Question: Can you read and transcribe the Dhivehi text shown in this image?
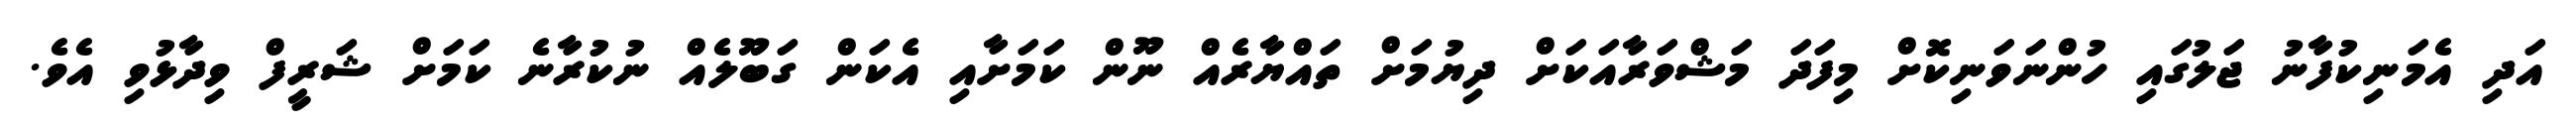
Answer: އަދި އެމަނިކުފާނު ޖަލުގައި ހުންނަވަނިކޮށް މިފަދަ މަޝްވަރާއަކަށް ދިޔުމަށް ތައްޔާރެއް ނޫން ކަމަށާއި އެކަން ގަބޫލެއް ނުކުރާނެ ކަމަށް ޝަރީފް ވިދާޅުވި އެވެ.